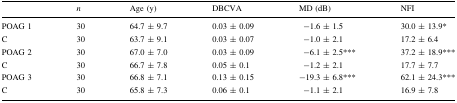
<table><thead><tr><td></td><td><b><i>n</i></b></td><td><b>Age (y)</b></td><td><b>DBCVA</b></td><td><b>MD (dB)</b></td><td><b>NFI</b></td></tr></thead><tbody><tr><td>POAG 1</td><td>30</td><td>64.7 ± 9.7</td><td>0.03 ± 0.09</td><td>−1.6 ± 1.5</td><td>30.0 ± 13.9*</td></tr><tr><td>C</td><td>30</td><td>63.7 ± 9.1</td><td>0.03 ± 0.07</td><td>−1.0 ± 2.1</td><td>17.2 ± 6.4</td></tr><tr><td>POAG 2</td><td>30</td><td>67.0 ± 7.0</td><td>0.03 ± 0.09</td><td>−6.1 ± 2.5***</td><td>37.2 ± 18.9***</td></tr><tr><td>C</td><td>30</td><td>66.7 ± 7.8</td><td>0.05 ± 0.1</td><td>−1.2 ± 2.1</td><td>17.7 ± 7.7</td></tr><tr><td>POAG 3</td><td>30</td><td>66.8 ± 7.1</td><td>0.13 ± 0.15</td><td>−19.3 ± 6.8***</td><td>62.1 ± 24.3***</td></tr><tr><td>C</td><td>30</td><td>65.8 ± 7.3</td><td>0.06 ± 0.1</td><td>−1.1 ± 2.1</td><td>16.9 ± 7.8</td></tr></tbody></table>